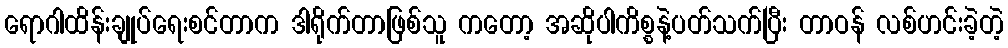
ရောဂါထိန်းချုပ်ရေးစင်တာက ဒါရိုက်တာဖြစ်သူ ကတော့ အဆိုပါကိစ္စနဲ့ပတ်သက်ပြီး တာဝန် လစ်ဟင်းခဲ့တဲ့